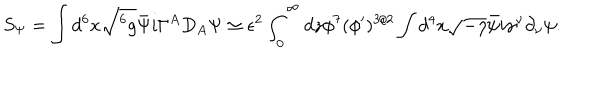
S _ { \Psi } = \int d ^ { 6 } x \sqrt { ^ 6 g } \bar { \Psi } i \Gamma ^ { A } D _ { A } \Psi \simeq \epsilon ^ { 2 } \int _ { 0 } ^ { \infty } d z \phi ^ { 7 } ( \phi ^ { \prime } ) ^ { 3 / 2 } \int d ^ { 4 } x \sqrt { - \eta } \bar { \psi } i \gamma ^ { \nu } \partial _ { \nu } \psi .